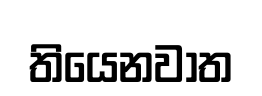
තියෙනවාත